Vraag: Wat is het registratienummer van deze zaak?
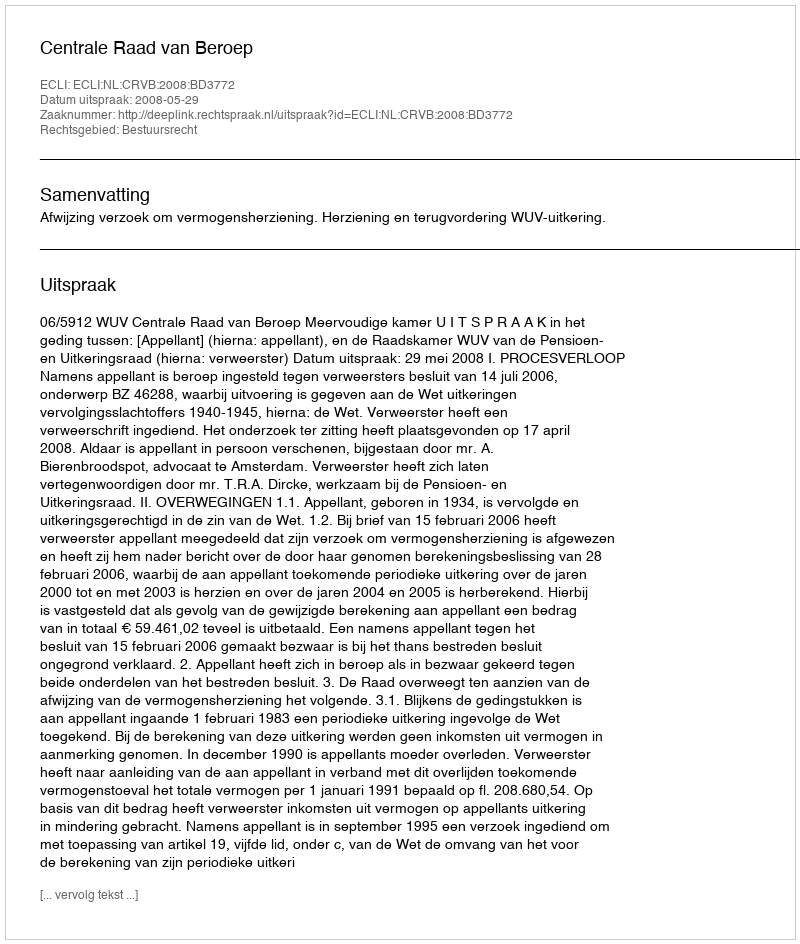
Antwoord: http://deeplink.rechtspraak.nl/uitspraak?id=ECLI:NL:CRVB:2008:BD3772